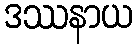
ဒဿနာယ